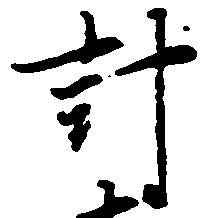
計